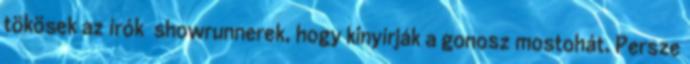
tökösek az írók showrunnerek, hogy kinyírják a gonosz mostohát. Persze